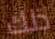
ذلك